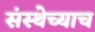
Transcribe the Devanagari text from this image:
संस्थेच्याच